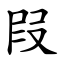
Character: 叚